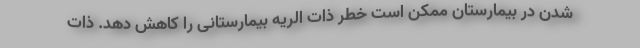
شدن در بیمارستان ممکن است خطر ذات الریه بیمارستانی را کاهش دهد. ذات